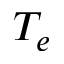
T _ { e }